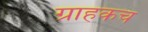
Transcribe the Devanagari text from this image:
ग्राहकच